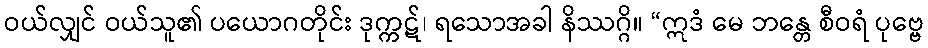
ဝယ်လျှင် ဝယ်သူ၏ ပယောဂတိုင်း ဒုက္ကဋ်၊ ရသောအခါ နိဿဂ္ဂိ။ “ဣဒံ မေ ဘန္တေ စီဝရံ ပုဗ္ဗေ